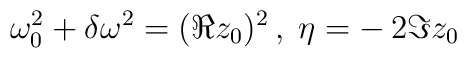
\:\omega _{0}^{2} + \delta \omega ^{2} = (\Re z_{0})^{2} \,, \;\eta = -\,2\Im z_{0}\: